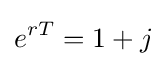
e^{rT}=1+j